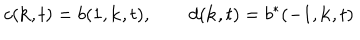
LaTeX: c ( { \bf k } , t ) = b ( 1 , { \bf k } , t ) , \qquad d ( { \bf k } , t ) = b ^ { \ast } ( - 1 , { \bf k } , t )